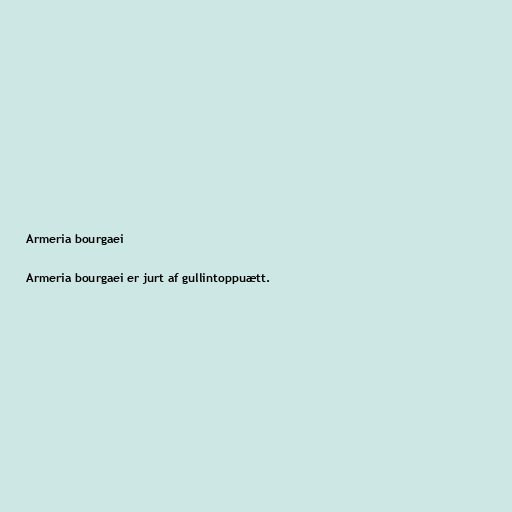
Armeria bourgaei

Armeria bourgaei er jurt af gullintoppuætt.